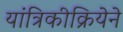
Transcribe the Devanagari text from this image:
यांत्रिकीक्रियेने